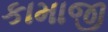
કામાજી